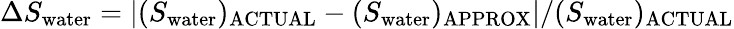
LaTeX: \Delta S_{\mathrm{water}}=\left|(S_{\mathrm{water}})_{\mathrm{ACTUAL}}-(S_{\mathrm{water}})_{\mathrm{APPROX}}\right|/(S_{\mathrm{water}})_{\mathrm{ACTUAL}}